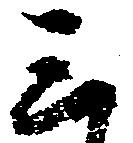
三